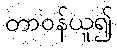
တာဝန်ယူ၍